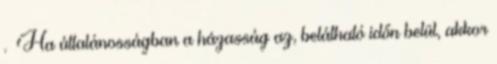
. Ha általánosságban a házasság az, belátható időn belül, akkor